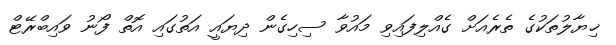
ޚިޔާލުތަކުގެ ތެރެއަށް ގެއްލިފައިވި މައުވާ ސިހިގެން ދިޔައީ އަތުގައި އޮތް ފޯނު ވައިބްރޭޓް